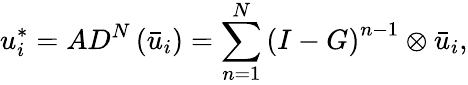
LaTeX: u_{i}^{*}=A{D^{N}}\left({{{\bar{u}}_{i}}}\right)=\sum_{n=1}^{N}{{{(I-G)}^{n-1}}}\otimes{{{\bar{u}}_{i}}},